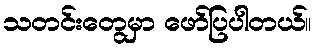
သတင်းတွေမှာ ဖော်ပြပါတယ်။